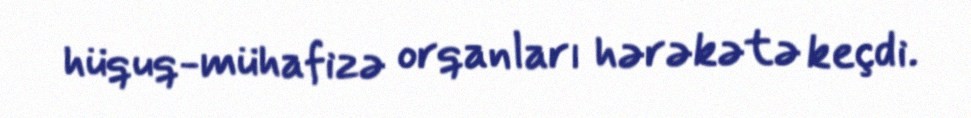
hüquq-mühafizə orqanları hərəkətə keçdi.